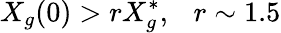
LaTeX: X_{g}(0)>rX_{g}^{*},~~~r\sim 1.5